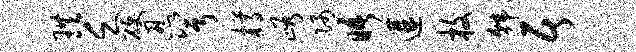
珙乏硬忍兮樽峪隅晤遘枚韩居